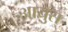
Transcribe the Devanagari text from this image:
आयुस्‌